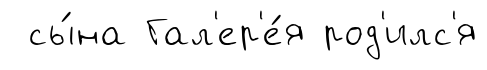
сы́на Гал'ер'е́я род'илс'я